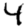
Digit: 4